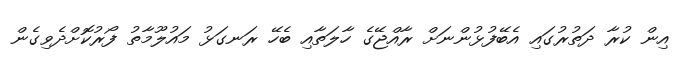
އިން ކުރާ ދަތުރުގައި އެބޭފުޅުންނަށް ރާއްޖޭގެ ހާލަތާއި ބެހޭ ރަނގަޅު މައުލޫމާތު ފޯރުކޮށްދެވިގެން